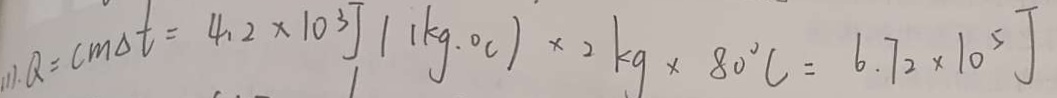
( 1 ) Q = c m \Delta t = 4 . 2 \times 1 0 ^ { 3 } J ( 1 k g \cdot ^ { \circ } C ) \times 2 k g \times 8 0 ^ { \circ } C = 6 . 7 2 \times 1 0 ^ { 5 } J